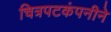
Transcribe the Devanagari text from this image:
चित्रपटकंपनीने